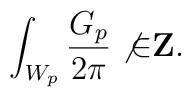
\int_{W_p} { G_p \over 2 \pi} \not{\in} {\bf Z}.